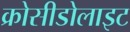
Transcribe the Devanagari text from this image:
क्रोसीडोलाइट